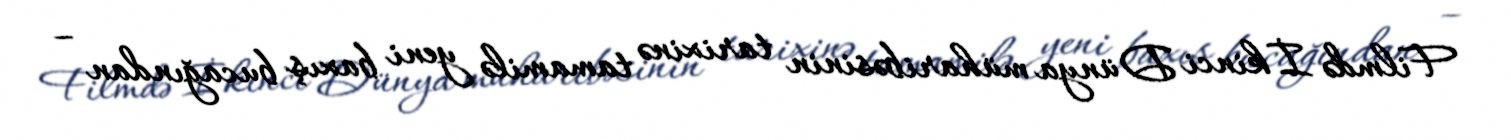
Filmdə İkinci Dünya müharibəsinin tarixinə tamamilə yeni baxış bucağından –